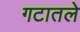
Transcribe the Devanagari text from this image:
गटातले